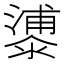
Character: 𣿀